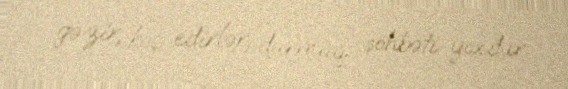
gəzir, köç edirlər, durmaq söhbəti yoxdur.